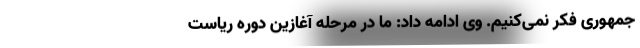
جمهوری فکر نمی‌کنیم. وی ادامه داد: ما در مرحله آغازین دوره ریاست